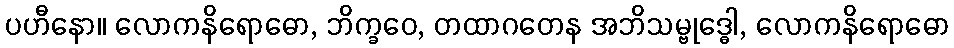
ပဟီနော။ လောကနိရောဓော, ဘိက္ခဝေ, တထာဂတေန အဘိသမ္ဗုဒ္ဓေါ, လောကနိရောဓော